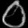
Digit: ၀